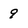
Character: 9